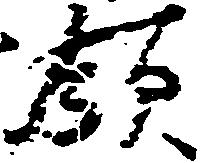
領